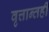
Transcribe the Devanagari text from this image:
वृत्तान्तही